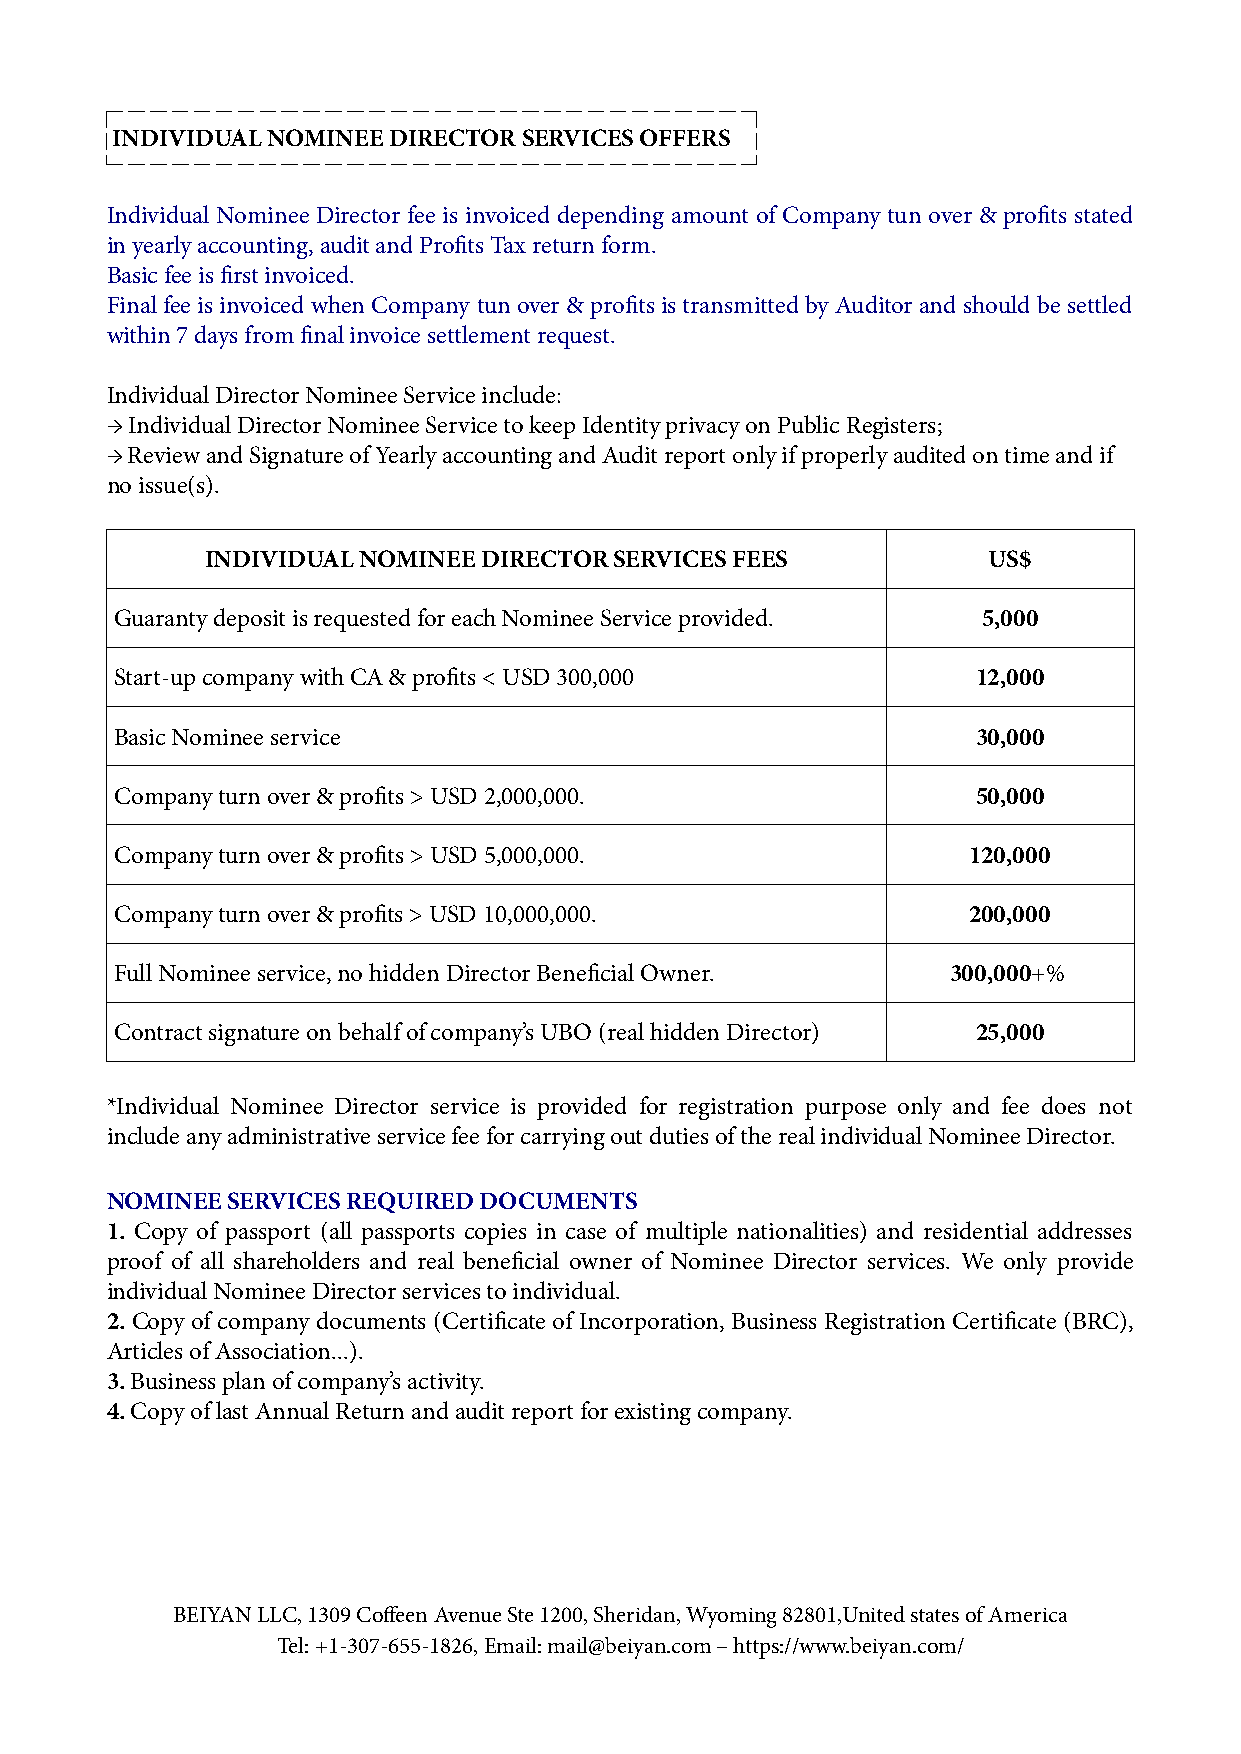
INDIVIDUAL NOMINEE DIRECTOR SERVICES OFFERS
 Individual Nominee Director fee is invoiced depending amount of Company tun over & profits stated
 in yearly accounting, audit and Profits Tax return form.
 Basic fee is first invoiced.
 Final fee is invoiced when Company tun over & profits is transmitted by Auditor and should be settled
 within 7 days from final invoice settlement request.
 Individual Director Nominee Service include:
 → Individual Director Nominee Service to keep Identity privacy on Public Registers;
 → Review and Signature of Yearly accounting and Audit report only if properly audited on time and if
 no issue(s).
 INDIVIDUAL NOMINEE DIRECTOR SERVICES FEES          US$
 Guaranty deposit is requested for each Nominee Service provided. 5,000
 Start-up company with CA & profits < USD 300,000         12,000
 Basic Nominee service                                    30,000
 Company turn over & profits > USD 2,000,000.             50,000
 Company turn over & profits > USD 5,000,000.            120,000
 Company turn over & profits > USD 10,000,000.           200,000
 Full Nominee service, no hidden Director Beneficial Owner. 300,000+%
 Contract signature on behalf of company’s UBO (real hidden Director) 25,000
 *Individual Nominee Director service is provided for registration purpose only and fee does not
 include any administrative service fee for carrying out duties of the real individual Nominee Director.
 NOMINEE SERVICES REQUIRED DOCUMENTS
 1. Copy of passport (all passports copies in case of multiple nationalities) and residential addresses
 proof of all shareholders and real beneficial owner of Nominee Director services. We only provide
 individual Nominee Director services to individual.
 2. Copy of company documents (Certificate of Incorporation, Business Registration Certificate (BRC),
 Articles of Association...).
 3. Business plan of company’s activity.
 4. Copy of last Annual Return and audit report for existing company.
 BEIYAN LLC, 1309 Coffeen Avenue Ste 1200, Sheridan, Wyoming 82801,United states of America
 Tel: +1-307-655-1826, Email: mail@beiyan.com – https://www.beiyan.com/